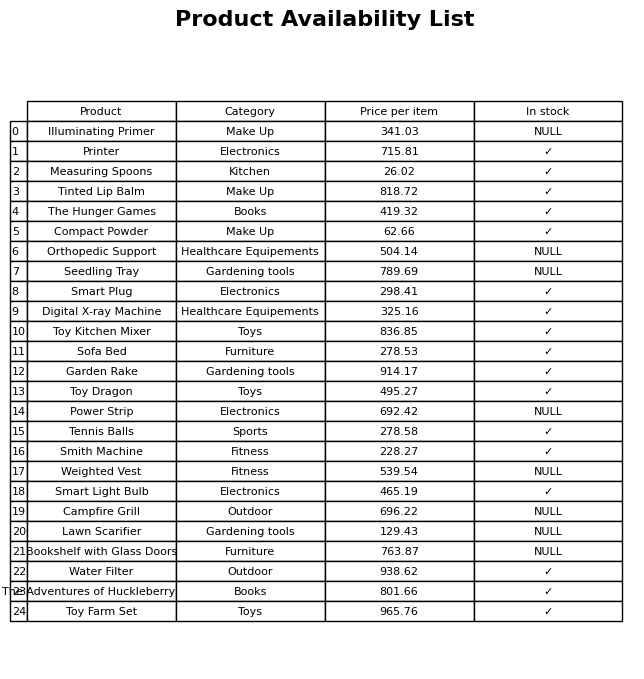
question: What is the price for Printer?
answer: The price of Printer is 715.81.